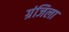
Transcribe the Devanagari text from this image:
ग्रंजिला